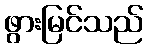
ဖွားမြင်သည်